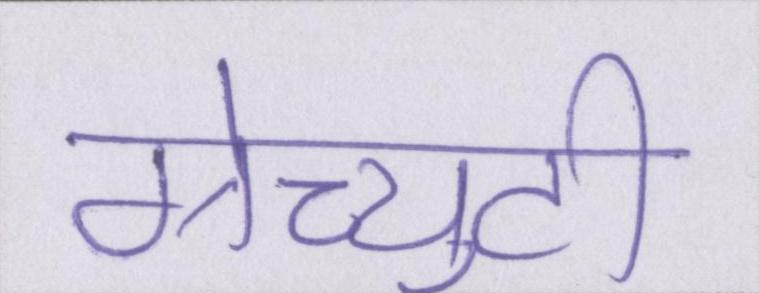
ग्रेच्युटी